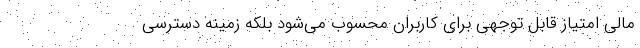
مالی امتیاز قابل توجهی برای کاربران محسوب می‌شود بلکه زمینه دسترسی